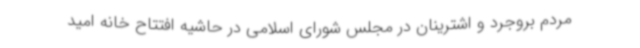
مردم بروجرد و اشترینان در مجلس شورای اسلامی در حاشیه افتتاح خانه امید